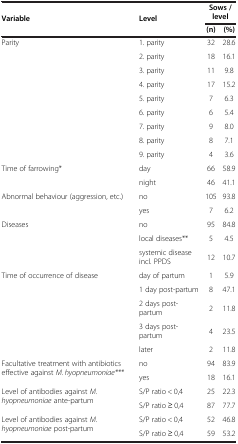
<table><thead><tr><td><b>Variable</b></td><td><b>Level</b></td><td colspan="2"><b>Sows / level</b></td></tr><tr><td><b> </b></td><td><b> </b></td><td><b>(n)</b></td><td><b>(%)</b></td></tr></thead><tbody><tr><td rowspan="9">Parity</td><td>1. parity</td><td>32</td><td>28.6</td></tr><tr><td>2. parity</td><td>18</td><td>16.1</td></tr><tr><td>3. parity</td><td>11</td><td>9.8</td></tr><tr><td>4. parity</td><td>17</td><td>15.2</td></tr><tr><td>5. parity</td><td>7</td><td>6.3</td></tr><tr><td>6. parity</td><td>6</td><td>5.4</td></tr><tr><td>7. parity</td><td>9</td><td>8.0</td></tr><tr><td>8. parity</td><td>8</td><td>7.1</td></tr><tr><td>9. parity</td><td>4</td><td>3.6</td></tr><tr><td rowspan="2">Time of farrowing*</td><td>day</td><td>66</td><td>58.9</td></tr><tr><td>night</td><td>46</td><td>41.1</td></tr><tr><td rowspan="2">Abnormal behaviour (aggression, etc.)</td><td>no</td><td>105</td><td>93.8</td></tr><tr><td>yes</td><td>7</td><td>6.2</td></tr><tr><td rowspan="3">Diseases</td><td>no</td><td>95</td><td>84.8</td></tr><tr><td>local diseases**</td><td>5</td><td>4.5</td></tr><tr><td>systemic disease incl. PPDS</td><td>12</td><td>10.7</td></tr><tr><td rowspan="5">Time of occurrence of disease</td><td>day of partum</td><td>1</td><td>5.9</td></tr><tr><td>1 day post-partum</td><td>8</td><td>47.1</td></tr><tr><td>2 days post-partum</td><td>2</td><td>11.8</td></tr><tr><td>3 days post-partum</td><td>4</td><td>23.5</td></tr><tr><td>later</td><td>2</td><td>11.8</td></tr><tr><td rowspan="2">Facultative treatment with antibiotics effective against <i>M. hyopneumoniae***</i></td><td>no</td><td>94</td><td>83.9</td></tr><tr><td>yes</td><td>18</td><td>16.1</td></tr><tr><td>Level of antibodies against <i>M. hyopneumoniae</i> ante-partum</td><td>S/P ratio &lt; 0,4</td><td>25</td><td>22.3</td></tr><tr><td> </td><td>S/P ratio ≥ 0,4</td><td>87</td><td>77.7</td></tr><tr><td>Level of antibodies against <i>M. hyopneumoniae</i> post-partum</td><td>S/P ratio &lt; 0,4</td><td>52</td><td>46.8</td></tr><tr><td> </td><td>S/P ratio ≥ 0,4</td><td>59</td><td>53.2</td></tr></tbody></table>